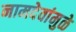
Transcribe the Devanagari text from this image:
नामदेवांमुळे